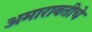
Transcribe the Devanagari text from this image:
अमारावतीचे